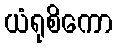
ယံရုစိကော